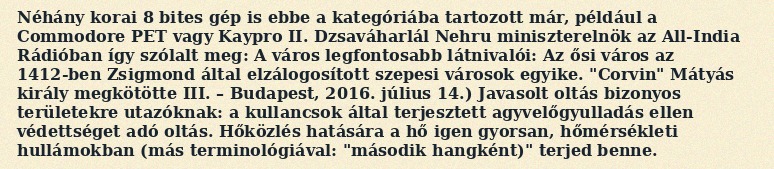
Néhány korai 8 bites gép is ebbe a kategóriába tartozott már, például a Commodore PET vagy Kaypro II. Dzsaváharlál Nehru miniszterelnök az All-India Rádióban így szólalt meg: A város legfontosabb látnivalói: Az ősi város az 1412-ben Zsigmond által elzálogosított szepesi városok egyike. "Corvin" Mátyás király megkötötte III. – Budapest, 2016. július 14.) Javasolt oltás bizonyos területekre utazóknak: a kullancsok által terjesztett agyvelőgyulladás ellen védettséget adó oltás. Hőközlés hatására a hő igen gyorsan, hőmérsékleti hullámokban (más terminológiával: "második hangként)" terjed benne.